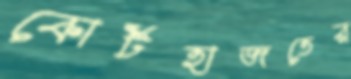
কোর্টহাজতের